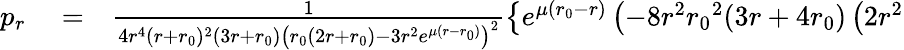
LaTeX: \begin{array}{rlr}{p_{r}}&{{}=}&{\frac{1}{4r^{4}(r+{r_{0}})^{2}(3r+{r_{0}})\left({r_{0}}(2r+{r_{0}})-3r^{2}e^{\mu(r-{r_{0}})}\right)^{2}}\left\lbrace e^{\mu({r_{0}}-r)}\left(-8r^{2}{r_{0}}^{2}(3r+4{r_{0}})\left(2r^{2}\right.\right.\right.}\end{array}